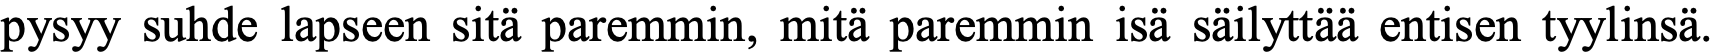
pysyy suhde lapseen sitä paremmin, mitä paremmin isä säilyttää entisen tyylinsä.